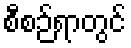
စီစဉ်ရာတွင်